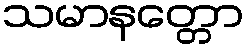
သမာနတ္တော